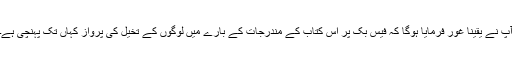
آپ نے یقیناً غور فرمایا ہوگا کہ فیس بک پر اس کتاب کے مندرجات کے بارے میں لوگوں کے تخیل کی پرواز کہاں تک پہنچی ہے۔